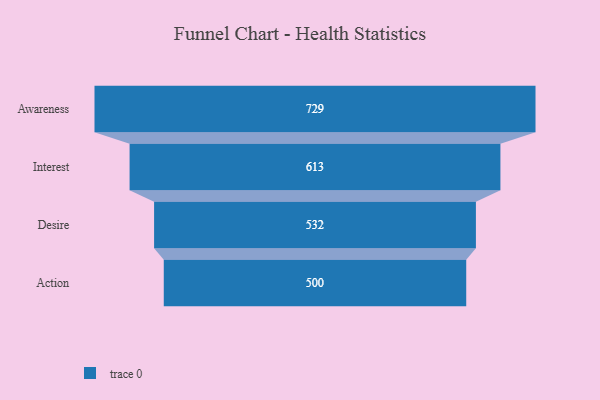
{"axis": {"x": "Stage", "y": "Value"}, "legend": [""], "data": [{"x": "Awareness", "y": 729.0, "type": ""}, {"x": "Interest", "y": 613.0, "type": ""}, {"x": "Desire", "y": 532.0, "type": ""}, {"x": "Action", "y": 500, "type": ""}]}